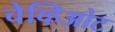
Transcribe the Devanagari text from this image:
चेव्हिओट